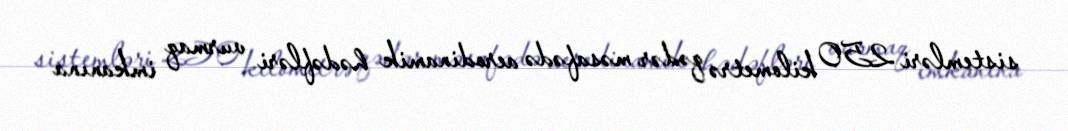
sistemləri 250 kilometrə qədər məsafədə aerodinamik hədəfləri vurmaq imkanına